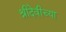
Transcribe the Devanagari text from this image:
श्रीदेवीच्या